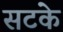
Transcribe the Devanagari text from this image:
सटके